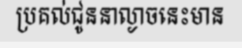
ប្រគល់ជូននាល្ងាចនេះមាន